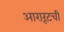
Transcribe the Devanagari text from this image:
आरारूटची